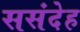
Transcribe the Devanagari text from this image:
ससंदेह